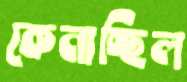
কেনাচ্ছিল